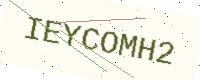
Text: IEYCOMH2